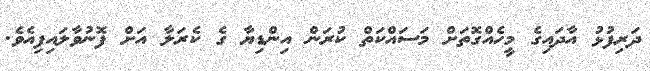
ދަރިފުޅު އާދައިގެ މީހެއްގޮތަށް މަސައްކަތް ކުރަން އިންޑިޔާ ގެ ކެރަލާ އަށް ފޮނުވާލައިފިއެވެ.